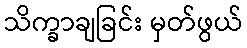
သိက္ခာချခြင်း မှတ်ဖွယ်